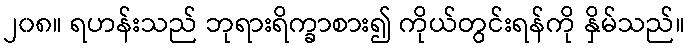
၂၀၈။ ရဟန်းသည် ဘုရားရိက္ခာစား၍ ကိုယ်တွင်းရန်ကို နှိမ်သည်။